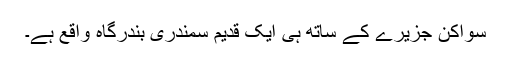
سواکن جزیرے کے ساتھ ہی ایک قدیم سمندری بندرگاہ واقع ہے۔